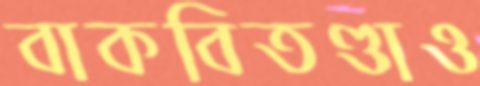
বাকবিতণ্ডাও